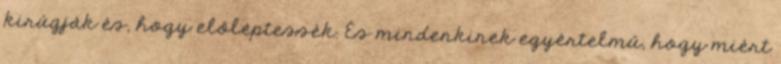
kirúgják és, hogy előléptessék. És mindenkinek egyértelmű, hogy miért